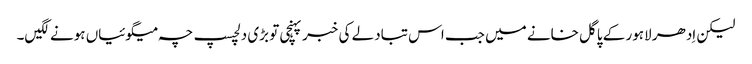
لیکن اِدھر لاہور کے پاگل خانے میں جب اس تبادلے کی خبر پہنچی تو بڑی دلچسپ چہ میگوئیاں ہونے لگیں۔